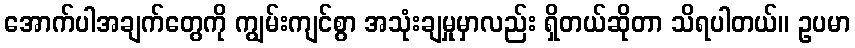
အောက်ပါအချက်တွေကို ကျွမ်းကျင်စွာ အသုံးချမှုမှာလည်း ရှိတယ်ဆိုတာ သိရပါတယ်။ ဥပမာ